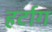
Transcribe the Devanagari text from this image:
हर्टाग